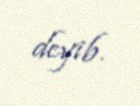
deyib.